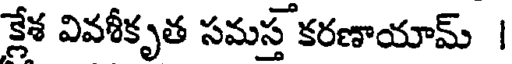
క్లేశ వివశీకృత సమస్త కరణాయామ్ |